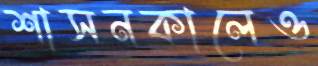
শাসনকালেও